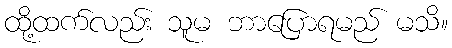
ထို့ထက်လည်း သူမ ဘာပြောရမည် မသိ။